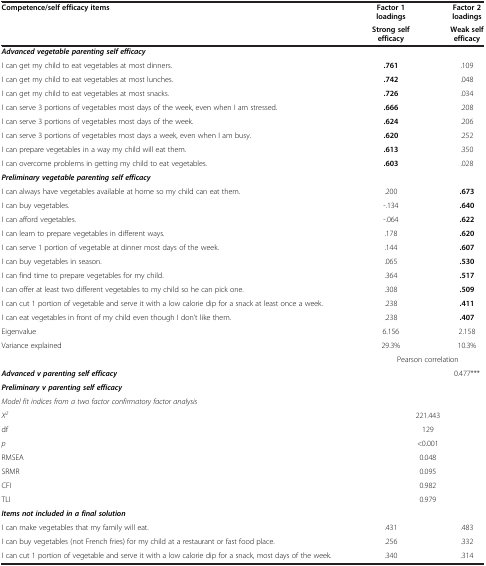
<table><thead><tr><td rowspan="2"><b>Competence/self efficacy items</b></td><td><b>Factor 1 loadings</b></td><td><b>Factor 2 loadings</b></td></tr><tr><td><b>Strong self efficacy</b></td><td><b>Weak self efficacy</b></td></tr></thead><tbody><tr><td><b><i>Advanced vegetable parenting self efficacy</i></b></td><td> </td><td> </td></tr><tr><td>I can get my child to eat vegetables at most dinners.</td><td><b>.761</b></td><td>.109</td></tr><tr><td>I can get my child to eat vegetables at most lunches.</td><td><b>.742</b></td><td>.048</td></tr><tr><td>I can get my child to eat vegetables at most snacks.</td><td><b>.726</b></td><td>.034</td></tr><tr><td>I can serve 3 portions of vegetables most days of the week, even when I am stressed.</td><td><b>.666</b></td><td>.208</td></tr><tr><td>I can serve 3 portions of vegetables most days of the week.</td><td><b>.624</b></td><td>.206</td></tr><tr><td>I can serve 3 portions of vegetables most days a week, even when I am busy.</td><td><b>.620</b></td><td>.252</td></tr><tr><td>I can prepare vegetables in a way my child will eat them.</td><td><b>.613</b></td><td>.350</td></tr><tr><td>I can overcome problems in getting my child to eat vegetables.</td><td><b>.603</b></td><td>.028</td></tr><tr><td><b><i>Preliminary vegetable parenting self efficacy</i></b></td><td> </td><td> </td></tr><tr><td>I can always have vegetables available at home so my child can eat them.</td><td>.200</td><td><b>.673</b></td></tr><tr><td>I can buy vegetables.</td><td>-.134</td><td><b>.640</b></td></tr><tr><td>I can afford vegetables.</td><td>-.064</td><td><b>.622</b></td></tr><tr><td>I can learn to prepare vegetables in different ways.</td><td>.178</td><td><b>.620</b></td></tr><tr><td>I can serve 1 portion of vegetable at dinner most days of the week.</td><td>.144</td><td><b>.607</b></td></tr><tr><td>I can buy vegetables in season.</td><td>.065</td><td><b>.530</b></td></tr><tr><td>I can find time to prepare vegetables for my child.</td><td>.364</td><td><b>.517</b></td></tr><tr><td>I can offer at least two different vegetables to my child so he can pick one.</td><td>.308</td><td><b>.509</b></td></tr><tr><td>I can cut 1 portion of vegetable and serve it with a low calorie dip for a snack at least once a week.</td><td>.238</td><td><b>.411</b></td></tr><tr><td>I can eat vegetables in front of my child even though I don’t like them.</td><td>.238</td><td><b>.407</b></td></tr><tr><td>Eigenvalue</td><td>6.156</td><td>2.158</td></tr><tr><td>Variance explained</td><td>29.3%</td><td>10.3%</td></tr><tr><td> </td><td colspan="2">Pearson correlation</td></tr><tr><td><b><i>Advanced v parenting self efficacy</i></b></td><td> </td><td>0.477***</td></tr><tr><td><b><i>Preliminary v parenting self efficacy</i></b></td><td> </td><td> </td></tr><tr><td colspan="3"><i>Model fit indices from a two factor confirmatory factor analysis</i></td></tr><tr><td><i>X</i><sup><i>2</i></sup></td><td colspan="2">221.443</td></tr><tr><td>df</td><td colspan="2">129</td></tr><tr><td><i>p</i></td><td colspan="2">&lt;0.001</td></tr><tr><td>RMSEA</td><td colspan="2">0.048</td></tr><tr><td>SRMR</td><td colspan="2">0.095</td></tr><tr><td>CFI</td><td colspan="2">0.982</td></tr><tr><td>TLI</td><td colspan="2">0.979</td></tr><tr><td colspan="3"><b><i>Items not included in a final solution</i></b></td></tr><tr><td>I can make vegetables that my family will eat.</td><td>.431</td><td>.483</td></tr><tr><td>I can buy vegetables (not French fries) for my child at a restaurant or fast food place.</td><td>.256</td><td>.332</td></tr><tr><td>I can cut 1 portion of vegetable and serve it with a low calorie dip for a snack, most days of the week.</td><td>.340</td><td>.314</td></tr></tbody></table>